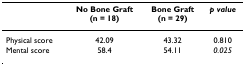
<table><thead><tr><td></td><td><b>No Bone Graft(n = 18)</b></td><td><b>Bone Graft(n = 29)</b></td><td><b><i>p value</i></b></td></tr></thead><tbody><tr><td>Physical score</td><td>42.09</td><td>43.32</td><td>0.810</td></tr><tr><td>Mental score</td><td>58.4</td><td>54.11</td><td><i>0.025</i></td></tr></tbody></table>